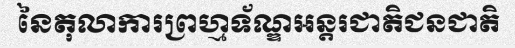
នៃតុលាការព្រហ្មទ័ណ្ឌអន្តរជាតិជនជាតិ